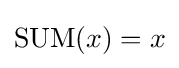
\operatorname {SUM} ({x})=x